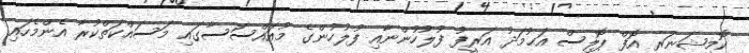
ކޮމިޝަނަރ އޮފް ޕޮލިސް އަޙުމަދު އަރީފު ފުލުހުންނާއި ފުލުހުންގެ މުއައްސަސާގައި މަސައްކަތްކުރާ އެންމެހައި